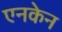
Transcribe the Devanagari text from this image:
एनकेन